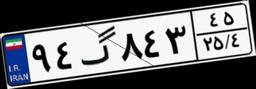
۹۴گ۸۴۳۴۵